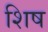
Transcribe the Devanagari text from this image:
शिष